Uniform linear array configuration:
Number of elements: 8
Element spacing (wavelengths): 1
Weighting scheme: hamming
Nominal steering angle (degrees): -60
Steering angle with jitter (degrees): -61.05
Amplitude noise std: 0.05
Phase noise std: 0.05

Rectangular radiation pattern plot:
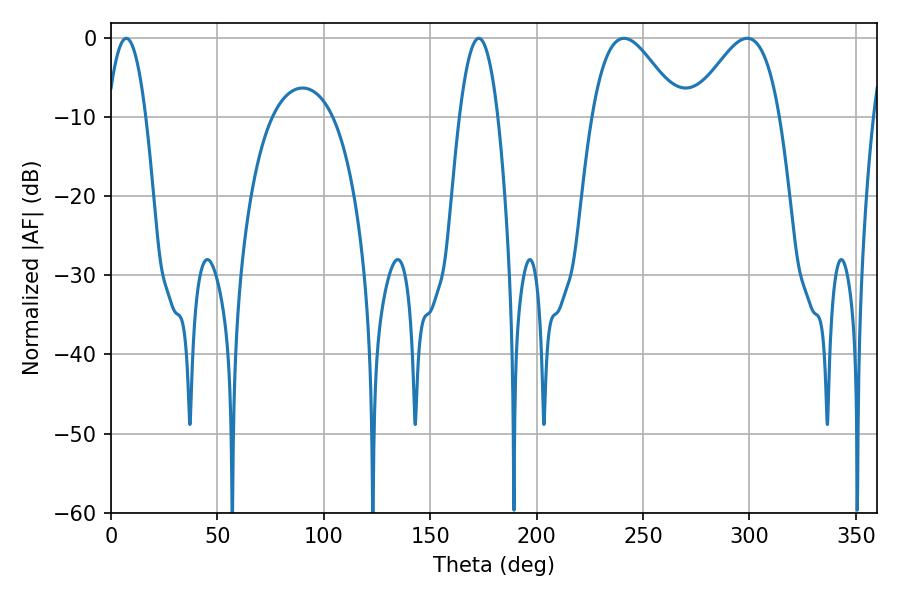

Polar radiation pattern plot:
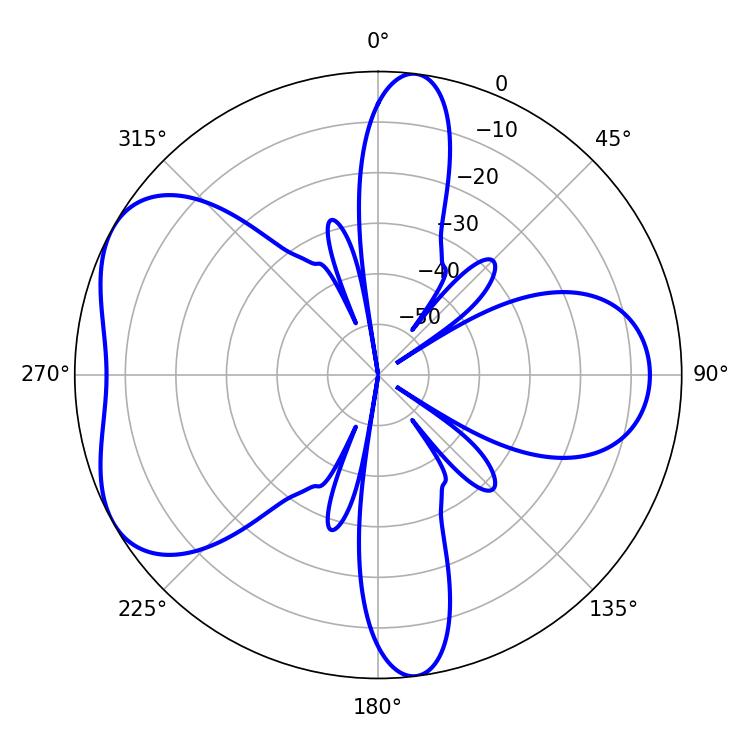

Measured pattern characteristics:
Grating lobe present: TRUE
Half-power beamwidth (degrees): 22.14
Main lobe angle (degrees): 241.02